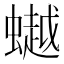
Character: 𧑅